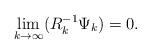
LaTeX: \begin{align*} & \lim_{k \to \infty} (R_k^{-1} \Psi_k)=0. \end{align*}